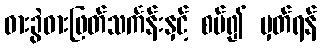
ဓားခွဲဓားဖြတ်သင်္ကန်းနှင့် စပ်၍ မှတ်ရန်